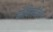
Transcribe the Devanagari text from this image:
कौर्विसार्टनैल